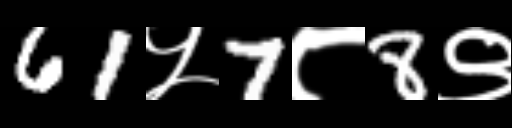
Text: 61५7८8९